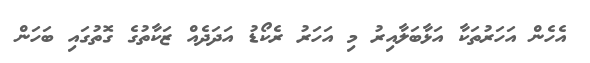
އެހެން އަހަރުތަކާ އަޅާބަލާއިރު މި އަހަރު ރެކޯޑު އަދަދެއް ޒަކާތުގެ ގޮތުގައި ބަހަން